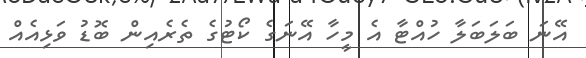
އޭނަ ބަލަބަލާ ހުއްޓާ އެ މީހާ އޭނަގެ ކޯޓުގެ ތެރެއިން ބޮޑު ވަޅިއެއް